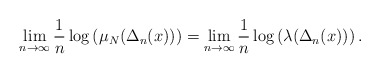
\begin{align*}\lim_{n\to \infty} \frac{1}{n}\log \left(\mu_N(\Delta_n(x))\right)=\lim_{n\to \infty} \frac{1}{n}\log \left(\lambda(\Delta_n(x))\right).\end{align*}